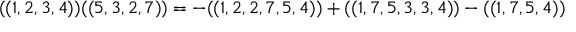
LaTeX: ( ( 1 , 2 , 3 , 4 ) ) ( ( 5 , 3 , 2 , 7 ) ) = - ( ( 1 , 2 , 2 , 7 , 5 , 4 ) ) + ( ( 1 , 7 , 5 , 3 , 3 , 4 ) ) - ( ( 1 , 7 , 5 , 4 ) )